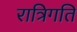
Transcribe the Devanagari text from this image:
रात्रिगति